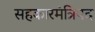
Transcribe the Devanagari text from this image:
सहकारमंत्रिपद